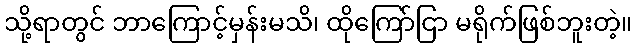
သို့ရာတွင် ဘာကြောင့်မှန်းမသိ၊ ထိုကြော်ငြာ မရိုက်ဖြစ်ဘူးတဲ့။